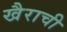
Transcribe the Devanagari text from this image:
खैराची